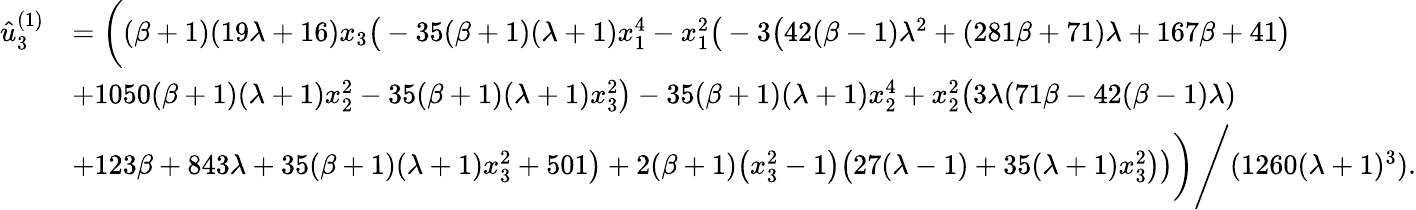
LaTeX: \begin{array}{rl}{\hat{u}_{3}^{(1)}}&{=\bigg((\beta+1)(19\lambda+16)x_{3}\big(-35(\beta+1)(\lambda+1)x_{1}^{4}-x_{1}^{2}\big(-3\big(42(\beta-1)\lambda^{2}+(281\beta+71)\lambda+167\beta+41\big)}\\ &{+1050(\beta+1)(\lambda+1)x_{2}^{2}-35(\beta+1)(\lambda+1)x_{3}^{2}\big)-35(\beta+1)(\lambda+1)x_{2}^{4}+x_{2}^{2}\big(3\lambda(71\beta-42(\beta-1)\lambda)}\\ &{+123\beta+843\lambda+35(\beta+1)(\lambda+1)x_{3}^{2}+501\big)+2(\beta+1)\big(x_{3}^{2}-1\big)\big(27(\lambda-1)+35(\lambda+1)x_{3}^{2}\big)\big)\bigg)\Bigg/(1260(\lambda+1)^{3}).}\end{array}